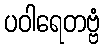
ပဝါရေတဗ္ဗံ